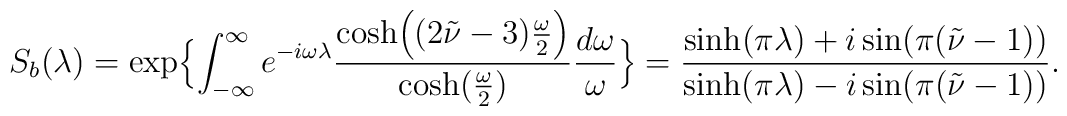
S_{b}(\lambda) = \exp \Bigl \{\int_{-\infty}^{\infty} e^{-i \omega\lambda} {\cosh\Bigl((2 \tilde \nu -3){\omega \over 2}\Bigr) \over\cosh({ \omega \over 2})}{d \omega \over \omega} \Bigr \}={\sinh(\pi \lambda)+ i \sin(\pi(\tilde \nu -1)) \over \sinh(\pi\lambda ) -i \sin(\pi(\tilde \nu -1))}\\.